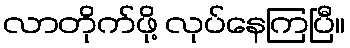
လာတိုက်ဖို့ လုပ်နေကြပြီ။